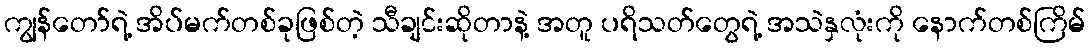
ကျွန်တော်ရဲ့ အိပ်မက်တစ်ခုဖြစ်တဲ့ သီချင်းဆိုတာနဲ့ အတူ ပရိသတ်တွေရဲ့ အသဲနှလုံးကို နောက်တစ်ကြိမ်